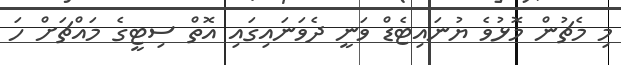
މި މެޗުން މޮޅުވެ ޔުނައިޓެޑް ވަނީ ދެވަނައިގައި އޮތް ސިޓީގެ މައްޗަށް ހަ